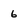
Character: 6